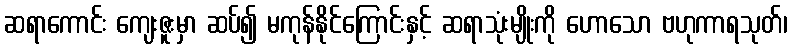
ဆရာကောင်း ကျေးဇူးမှာ ဆပ်၍ မကုန်နိုင်ကြောင်းနှင့် ဆရာသုံးမျိုးကို ဟောသော ဗဟုကာရသုတ်၊